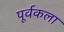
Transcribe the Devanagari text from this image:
पूर्वकला